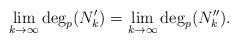
LaTeX: \begin{align*}\lim_{k\to\infty}\deg_p(N_k')=\lim_{k\to\infty}\deg_p(N_k'').\end{align*}